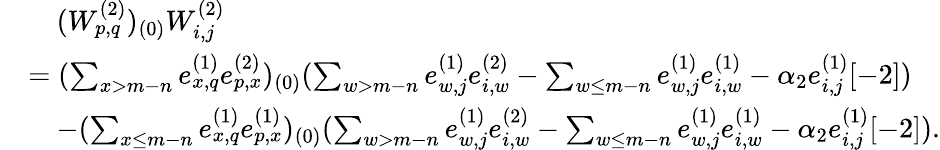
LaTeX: \begin{array}{rl}&{\quad(W_{p,q}^{(2)})_{(0)}W_{i,j}^{(2)}}\\ &{=(\sum_{x>m-n}e_{x,q}^{(1)}e_{p,x}^{(2)})_{(0)}(\sum_{w>m-n}e_{w,j}^{(1)}e_{i,w}^{(2)}-\sum_{w\leq m-n}e_{w,j}^{(1)}e_{i,w}^{(1)}-\alpha_{2}e_{i,j}^{(1)}[-2])}\\ &{\quad-(\sum_{x\leq m-n}e_{x,q}^{(1)}e_{p,x}^{(1)})_{(0)}(\sum_{w>m-n}e_{w,j}^{(1)}e_{i,w}^{(2)}-\sum_{w\leq m-n}e_{w,j}^{(1)}e_{i,w}^{(1)}-\alpha_{2}e_{i,j}^{(1)}[-2]).}\end{array}